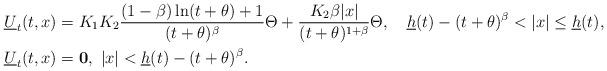
LaTeX: \begin{align*}&\underline U_t(t,x)=K_1K_2\frac{(1-\beta)\ln (t+\theta)+1}{(t+\theta)^{\beta}} \Theta+\frac{K_2\beta |x|}{(t+\theta)^{1+\beta}}\Theta,\ \ \ \underline h(t)-(t+\theta)^\beta<|x|\leq \underline h(t),\\&\underline U_t(t,x)={\bf 0}, \ |x|< \underline h(t)-(t+\theta)^\beta.\end{align*}